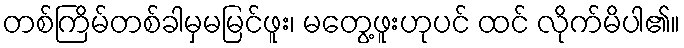
တစ်ကြိမ်တစ်ခါမှမမြင်ဖူး၊ မတွေ့ဖူးဟုပင် ထင် လိုက်မိပါ၏။